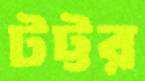
টট্টর